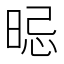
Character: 𣇡